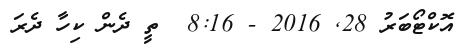
އޮކްޓޯބަރު 28